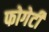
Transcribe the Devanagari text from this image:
फोगेर्टी